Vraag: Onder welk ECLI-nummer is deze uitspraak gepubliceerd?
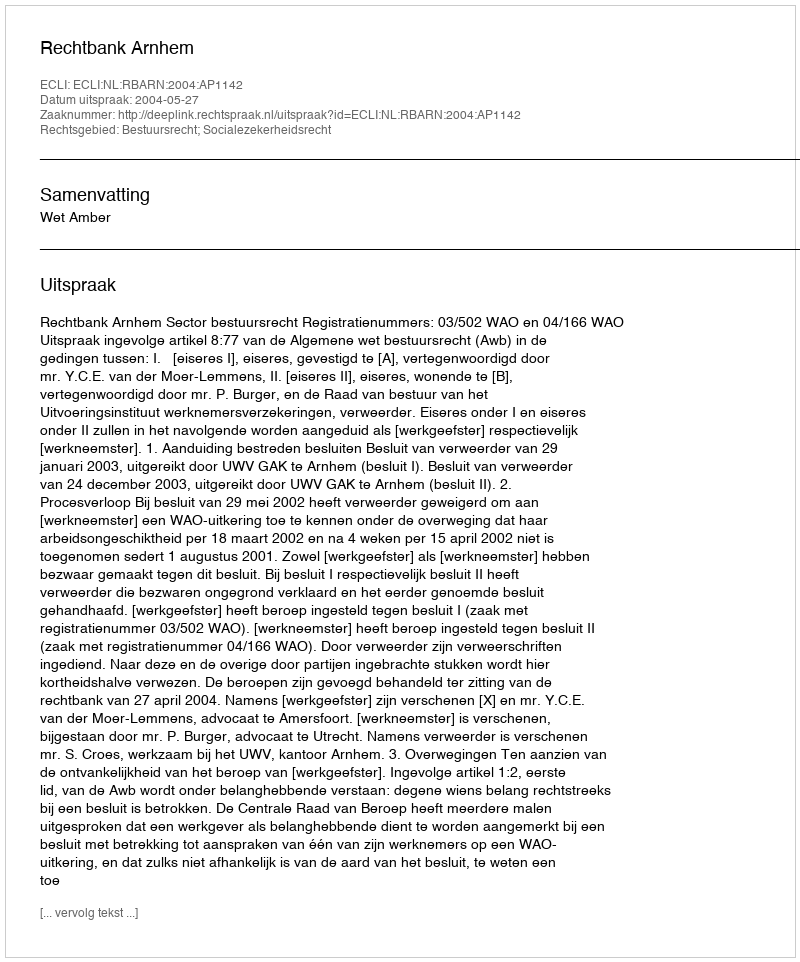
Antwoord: ECLI:NL:RBARN:2004:AP1142